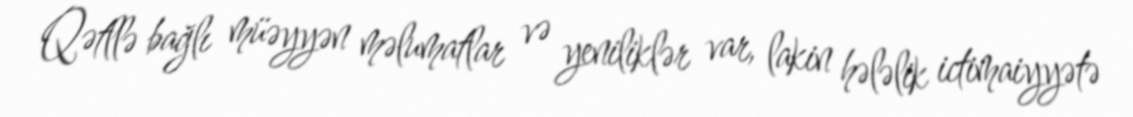
Qətllə bağlı müəyyən məlumatlar və yeniliklər var, lakin hələlik ictimaiyyətə